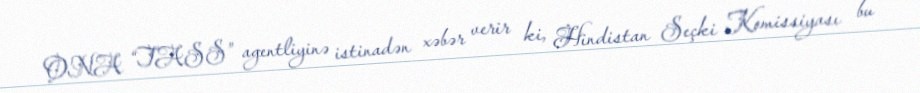
ONA “TASS” agentliyinə istinadən xəbər verir ki, Hindistan Seçki Komissiyası bu